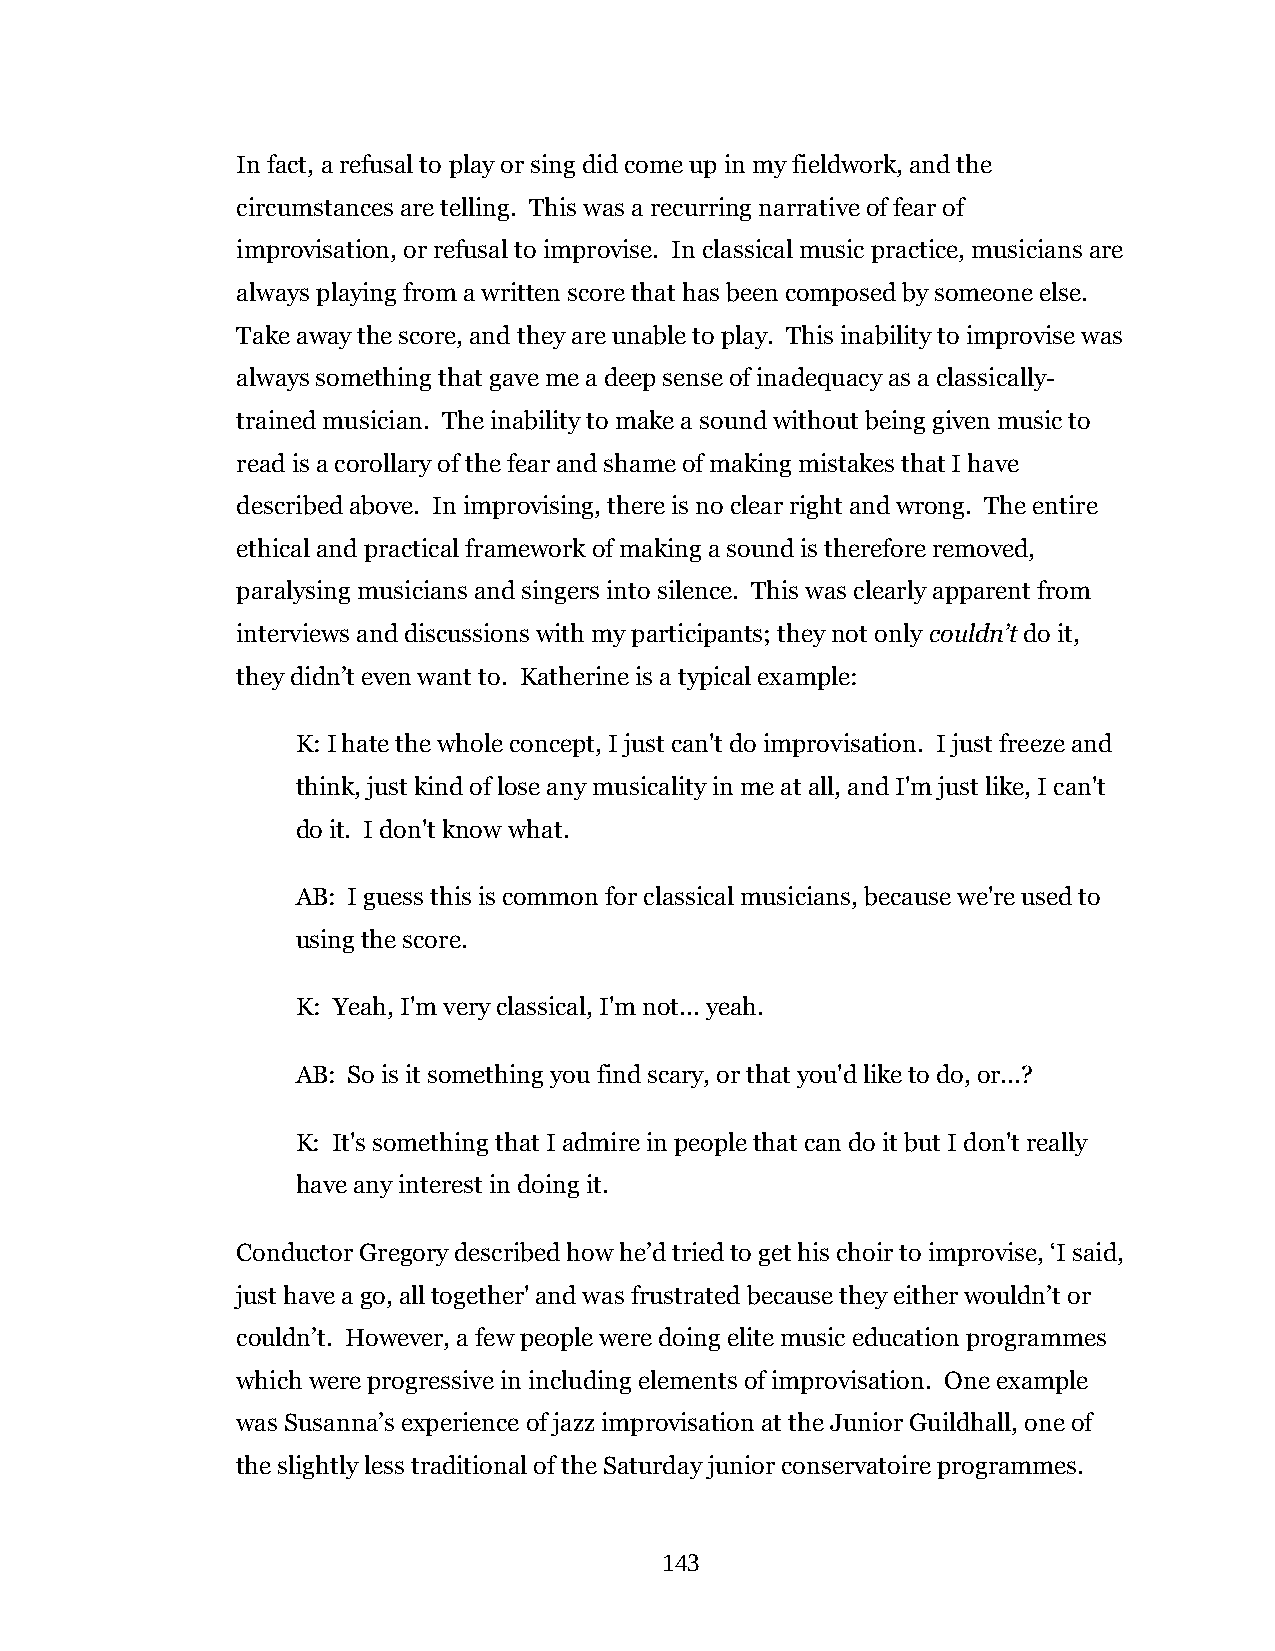
In fact, a refusal to play or sing did come up in my fieldwork, and the
 circumstances are telling. This was a recurring narrative of fear of
 improvisation, or refusal to improvise. In classical music practice, musicians are
 always playing from a written score that has been composed by someone else.
 Take away the score, and they are unable to play. This inability to improvise was
 always something that gave me a deep sense of inadequacy as a classically-
 trained musician. The inability to make a sound without being given music to
 read is a corollary of the fear and shame of making mistakes that I have
 described above. In improvising, there is no clear right and wrong. The entire
 ethical and practical framework of making a sound is therefore removed,
 paralysing musicians and singers into silence. This was clearly apparent from
 interviews and discussions with my participants; they not only couldn’t do it,
 they didn’t even want to. Katherine is a typical example:
 K: I hate the whole concept, I just can't do improvisation. I just freeze and
 think, just kind of lose any musicality in me at all, and I'm just like, I can't
 do it. I don't know what.
 AB: I guess this is common for classical musicians, because we're used to
 using the score.
 K: Yeah, I'm very classical, I'm not... yeah.
 AB: So is it something you find scary, or that you'd like to do, or...?
 K: It's something that I admire in people that can do it but I don't really
 have any interest in doing it.
 Conductor Gregory described how he’d tried to get his choir to improvise, ‘I said,
 just have a go, all together' and was frustrated because they either wouldn’t or
 couldn’t. However, a few people were doing elite music education programmes
 which were progressive in including elements of improvisation. One example
 was Susanna’s experience of jazz improvisation at the Junior Guildhall, one of
 the slightly less traditional of the Saturday junior conservatoire programmes.
 143